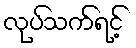
လုပ်သက်ရင့်